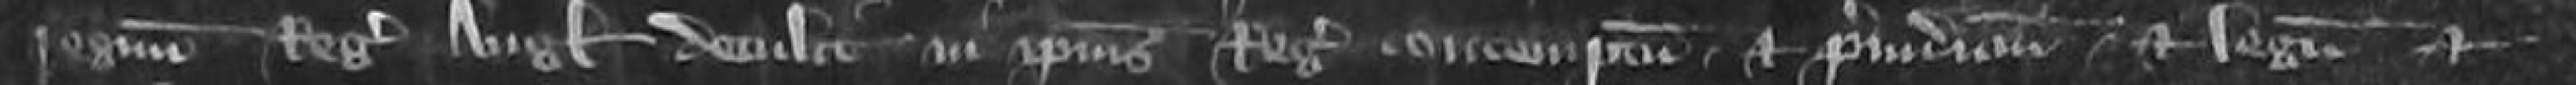
regnum Regis Anglie detulit in ipsius Regis contemptum et preiudicium et legum et